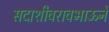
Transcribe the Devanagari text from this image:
सदाशीवरावभाऊने